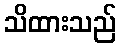
သိထားသည်